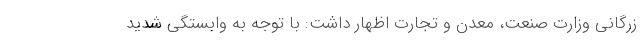
زرگانی وزارت صنعت، معدن و تجارت اظهار داشت: با توجه به وابستگی شدید